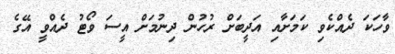
ވާހަކަ ދެއްކެވި ކަމަށާއި އަދީބަށް ރުހުން ދިނުމަށް އީސަ ވޯޓު ދެއްވީ އޭގެ